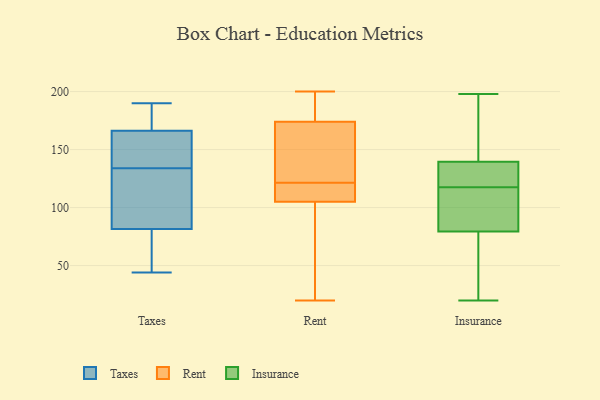
{"axis": {"x": "Backlog", "y": "Value"}, "legend": ["Insurance", "Rent", "Taxes"], "data": [{"x": "", "y": 142, "type": "Taxes"}, {"x": "", "y": 101, "type": "Taxes"}, {"x": "", "y": 190, "type": "Taxes"}, {"x": "", "y": 75, "type": "Taxes"}, {"x": "", "y": 44, "type": "Taxes"}, {"x": "", "y": 149, "type": "Taxes"}, {"x": "", "y": 121, "type": "Taxes"}, {"x": "", "y": 134, "type": "Taxes"}, {"x": "", "y": 57, "type": "Taxes"}, {"x": "", "y": 176, "type": "Taxes"}, {"x": "", "y": 172, "type": "Taxes"}, {"x": "", "y": 173, "type": "Rent"}, {"x": "", "y": 100, "type": "Rent"}, {"x": "", "y": 111, "type": "Rent"}, {"x": "", "y": 188, "type": "Rent"}, {"x": "", "y": 20, "type": "Rent"}, {"x": "", "y": 120, "type": "Rent"}, {"x": "", "y": 105, "type": "Rent"}, {"x": "", "y": 123, "type": "Rent"}, {"x": "", "y": 200, "type": "Rent"}, {"x": "", "y": 164, "type": "Rent"}, {"x": "", "y": 192, "type": "Rent"}, {"x": "", "y": 115, "type": "Rent"}, {"x": "", "y": 38, "type": "Rent"}, {"x": "", "y": 174, "type": "Rent"}, {"x": "", "y": 47, "type": "Insurance"}, {"x": "", "y": 93, "type": "Insurance"}, {"x": "", "y": 136, "type": "Insurance"}, {"x": "", "y": 20, "type": "Insurance"}, {"x": "", "y": 189, "type": "Insurance"}, {"x": "", "y": 95, "type": "Insurance"}, {"x": "", "y": 143, "type": "Insurance"}, {"x": "", "y": 198, "type": "Insurance"}, {"x": "", "y": 66, "type": "Insurance"}, {"x": "", "y": 136, "type": "Insurance"}, {"x": "", "y": 127, "type": "Insurance"}, {"x": "", "y": 108, "type": "Insurance"}]}